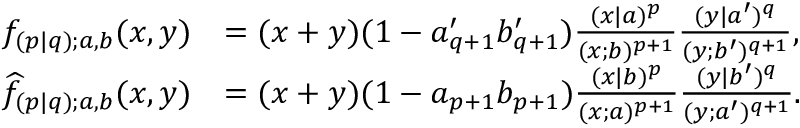
\begin{array} { r l } { f _ { ( p | q ) ; a , b } ( x , y ) } & { = ( x + y ) ( 1 - a _ { q + 1 } ^ { \prime } b _ { q + 1 } ^ { \prime } ) \frac { ( x | a ) ^ { p } } { ( x ; b ) ^ { p + 1 } } \frac { ( y | a ^ { \prime } ) ^ { q } } { ( y ; b ^ { \prime } ) ^ { q + 1 } } , } \\ { \widehat { f } _ { ( p | q ) ; a , b } ( x , y ) } & { = ( x + y ) ( 1 - a _ { p + 1 } b _ { p + 1 } ) \frac { ( x | b ) ^ { p } } { ( x ; a ) ^ { p + 1 } } \frac { ( y | b ^ { \prime } ) ^ { q } } { ( y ; a ^ { \prime } ) ^ { q + 1 } } . } \end{array}